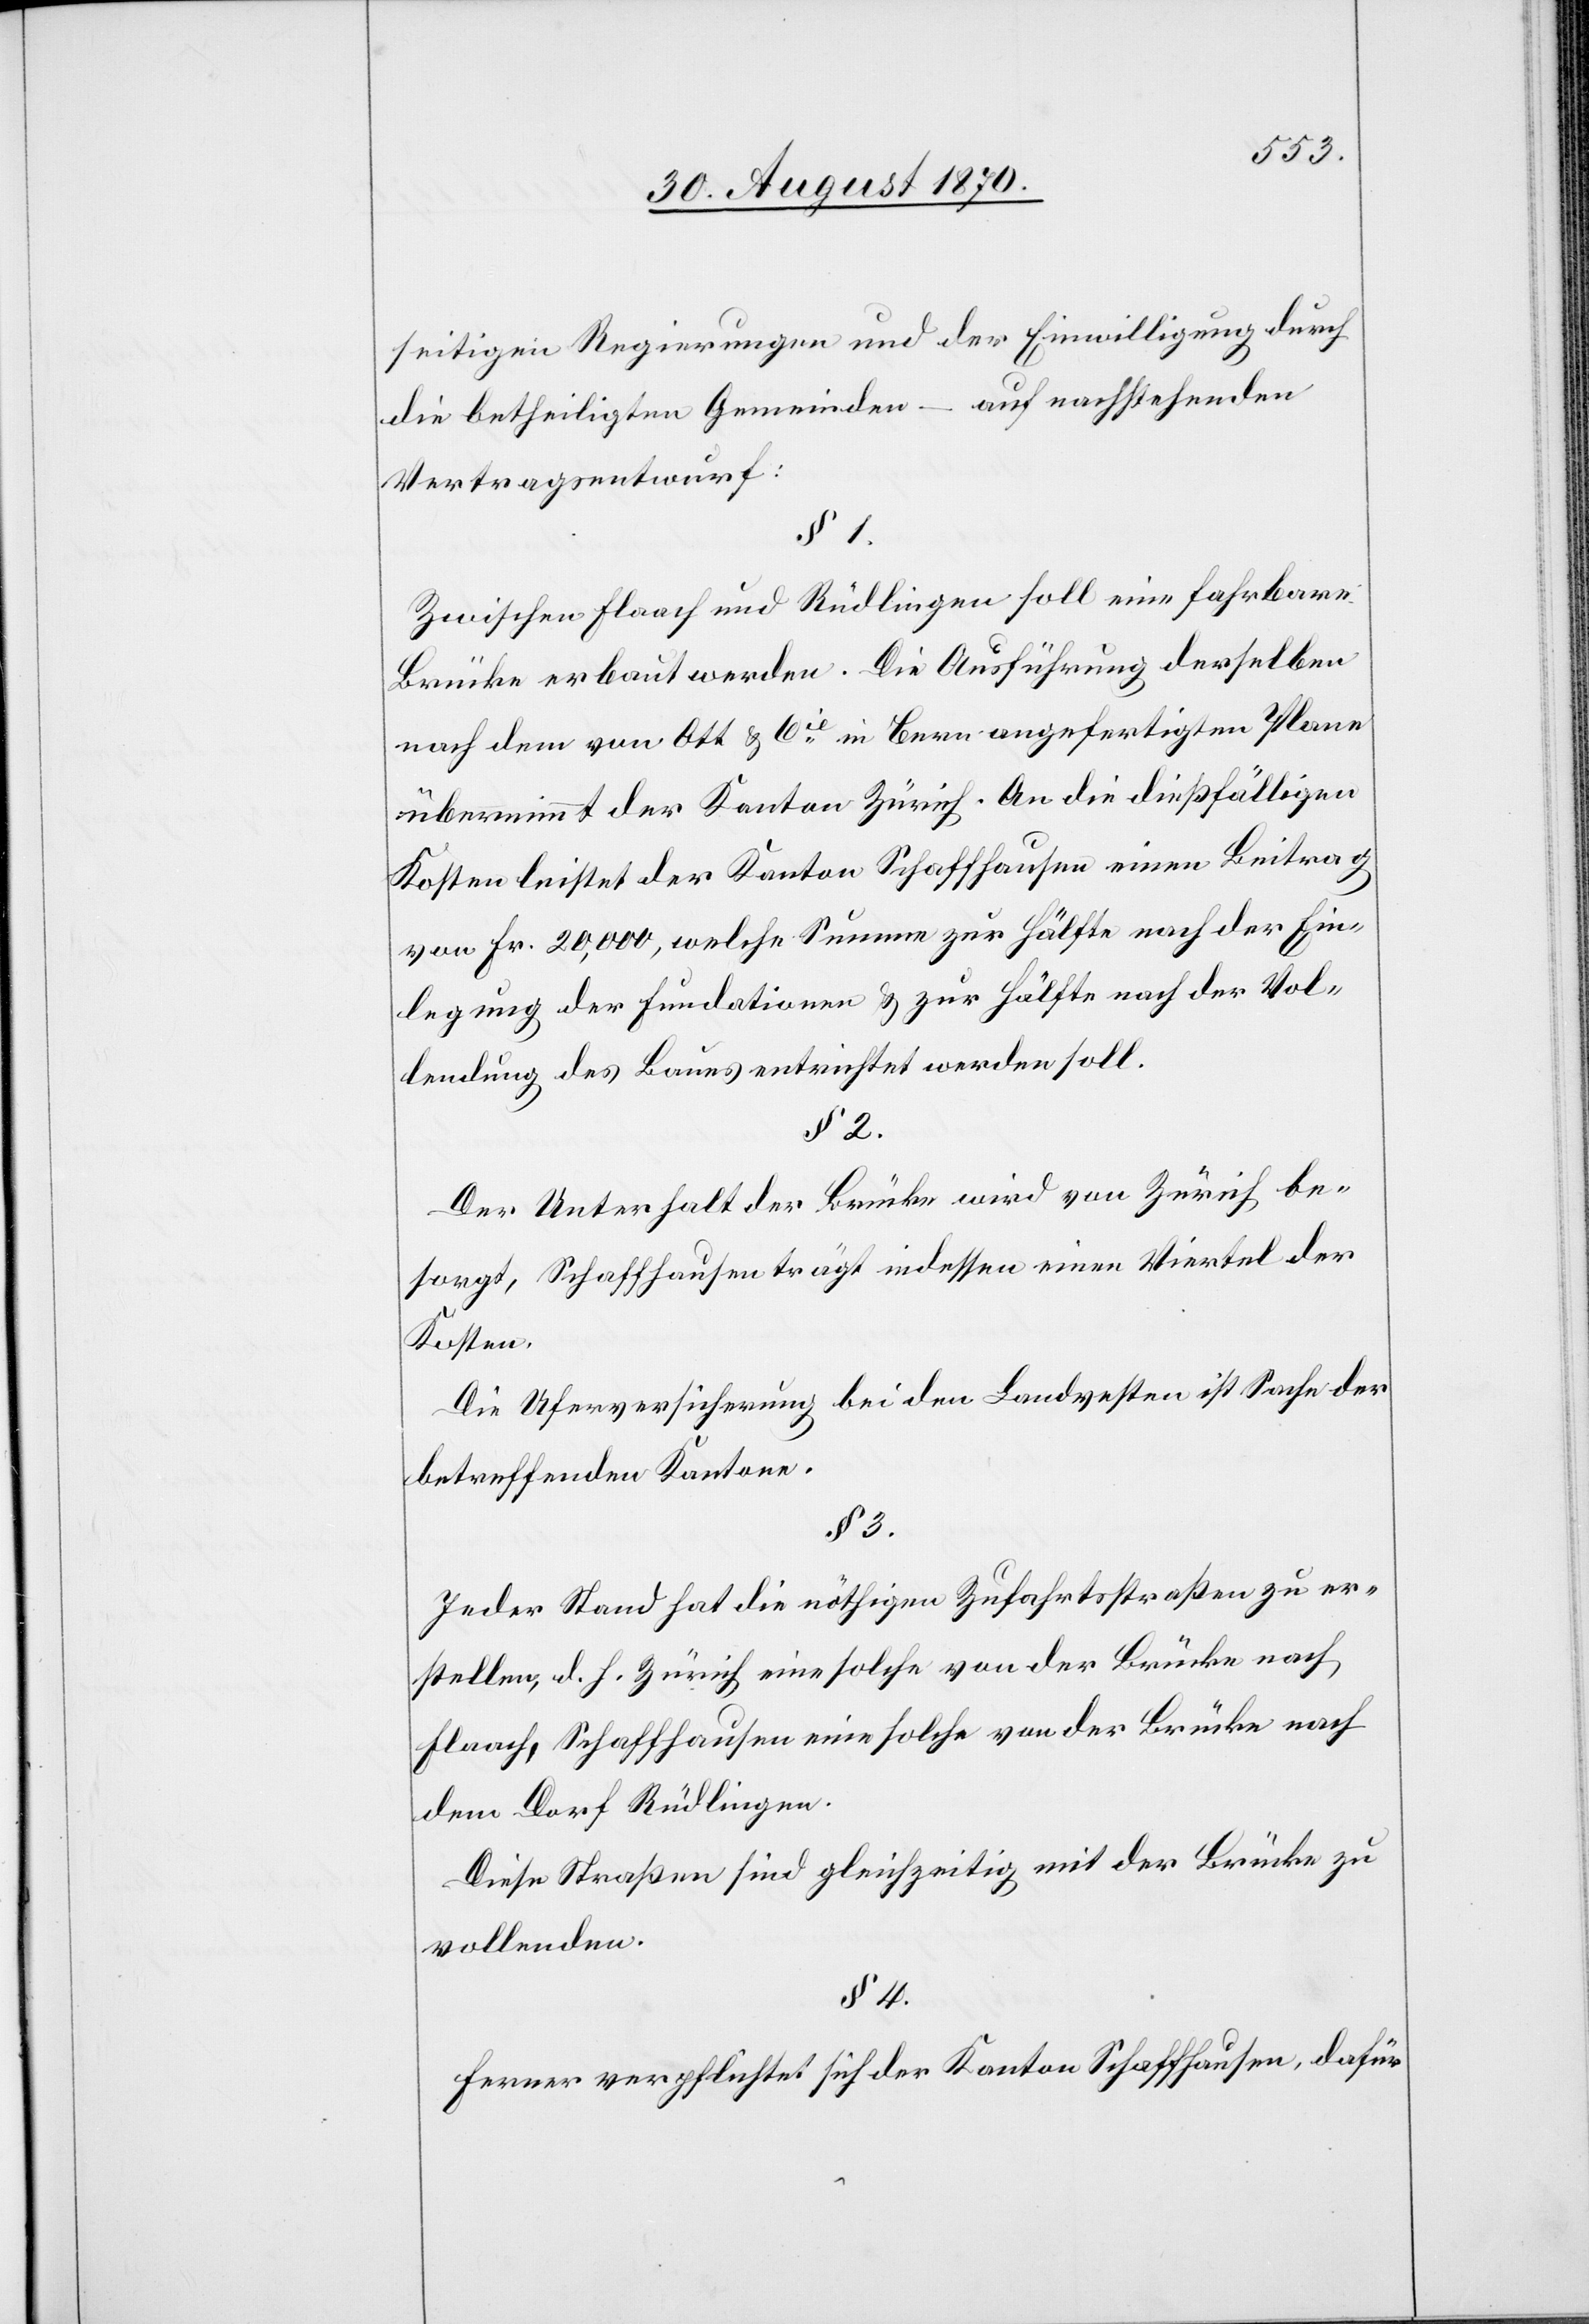
seitigen Regierungen und der Einwilligung durch
die betheiligten Gemeinden – auf nachstehenden
Vertragsentwurf:
§ 1.
Zwischen Flaach und Rüdlingen soll eine fahrbare
Brücke erbaut werden. Die Ausführung derselben
nach dem von Ott & Cie in Bern angefertigten Plane
übernimmt der Kanton Zürich. An die dießfälligen
Kosten leistet der Kanton Schaffhausen einen Beitrag
von Fr. 20,000, welche Summe zur Hälfte nach der Ein¬
legung der Fundationen & zur Hälfte nach der Vol¬
lendung des Baues entrichtet werden soll.
§ 2.
Der Unterhalt der Brücke wird von Zürich be¬
sorgt, Schaffhausen trägt indessen einen Viertel der
Kosten.
Die Uferversicherung bei den Landvesten ist Sache der
betreffenden Kantone.
§ 3.
Jeder Stand hat die nöthigen Zufahrtsstraßen zu er¬
stellen, d. h. Zürich eine solche von der Brücke nach
Flaach, Schaffhausen eine solche von der Brücke nach
dem Dorf Rüdlingen.
Diese Straßen sind gleichzeitig mit der Brücke zu
vollenden.
§ 4.
Ferner verpflichtet sich der Kanton Schaffhausen, dafür